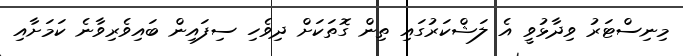
މިނިސްޓަރު ވިދާޅުވީ އެ ލަޝްކަރުގައި ތިން ގޮތަކަށް ދިވެހި ސިފައިން ބައިވެރިވާނެ ކަމަށާއި